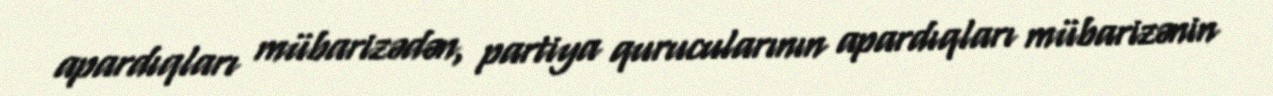
apardıqları mübarizədən, partiya qurucularının apardıqları mübarizənin